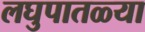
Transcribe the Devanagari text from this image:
लघुपातळ्या